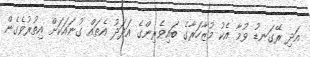
އަދި ރޭގަނޑު ވުމާ އެކު މުޒާހަރާގެ ބައިވެރިންގެ އަދަދު އެތައް ގުނައަކަށް އިތުރުވެގެން